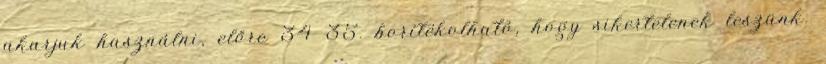
akarjuk használni, előre 34 35. borítékolható, hogy sikertelenek leszünk.